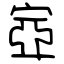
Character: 㝞